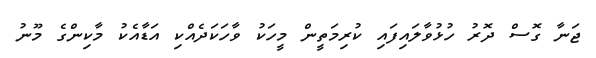
ޖަނާ ގޮސް ދޮރު ހުޅުވާލައިފައި ކުރިމަތީން މީހަކު ވާހަކަދެއްކި އަޑާއެކު މާކިންގެ މޫނު